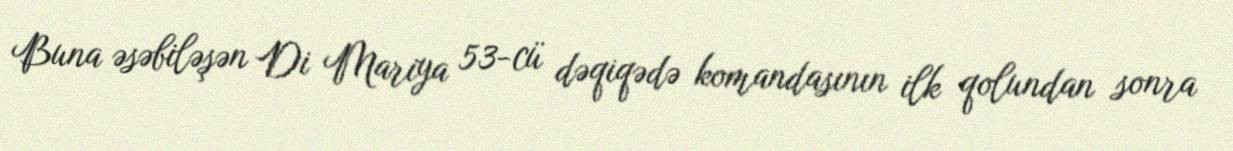
Buna əsəbiləşən Di Mariya 53-cü dəqiqədə komandasının ilk qolundan sonra